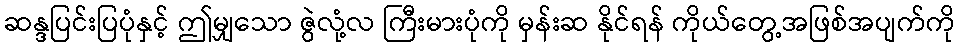
ဆန္ဒပြင်းပြပုံနှင့် ဤမျှသော ဇွဲလုံ့လ ကြီးမားပုံကို မှန်းဆ နိုင်ရန် ကိုယ်တွေ့အဖြစ်အပျက်ကို